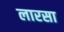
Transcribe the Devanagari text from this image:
लारसा